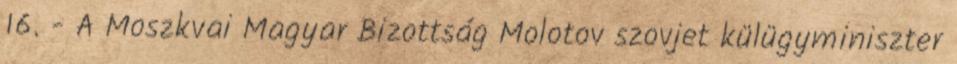
16. - A Moszkvai Magyar Bizottság Molotov szovjet külügyminiszter